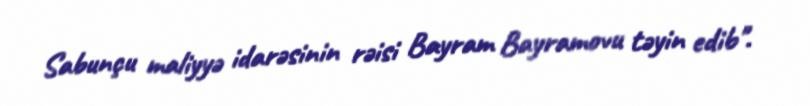
Sabunçu maliyyə idarəsinin rəisi Bayram Bayramovu təyin edib".